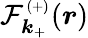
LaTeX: {\mathcal{F}_{\boldsymbol{k}_{+}}^{_{(+)}}(\boldsymbol{r})}